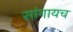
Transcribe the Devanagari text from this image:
सांगायच